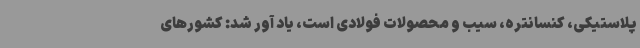
پلاستیکی، کنسانتره، سیب و محصولات فولادی است، یاد آور شد: کشورهای